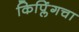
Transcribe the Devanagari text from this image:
किप्लिंगचा